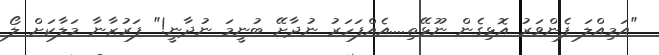
"އަމިއްލަ ފެންވަރު އޮޅިގެން ނޫޅޭތި....އެއްފަހަރު ނުދާށޭ ބުނީމަ ނުދާނީ!" ފަރުޒާނާ މަލާކަށް ލޯ